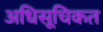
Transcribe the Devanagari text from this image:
अधिसूचिकत